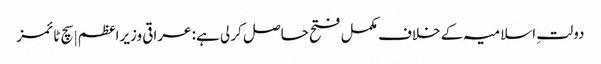
دولتِ اسلامیہ کے خلاف مکمل فتح حاصل کر لی ہے: عراقی وزیراعظم | سچ ٹائمز